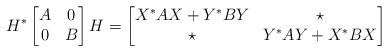
LaTeX: \begin{align*}H^*\begin{bmatrix}A & 0 \\ 0 & B\end{bmatrix}H=\begin{bmatrix} X^*AX+Y^*BY & \star \\ \star & Y^*AY+X^*BX\end{bmatrix}\end{align*}